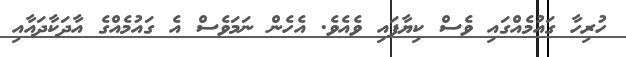
ހުރިހާ ގައުމެއްގައި ވެސް ކިޔާފައި ވެއެވެ. އެހެން ނަމަވެސް އެ ގައުމެއްގެ އާދަކާދައާއި